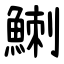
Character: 䱨